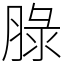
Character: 䐂